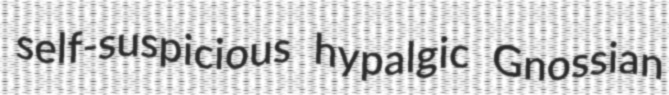
self-suspicious hypalgic Gnossian